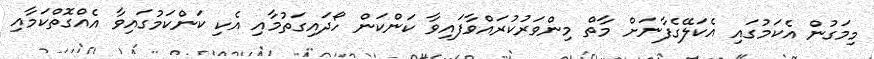
މިމަގުން އެކަމުގައި އެކަލޭގެފާނަށް މާތް މިންވަރުކުރައްވާފައިވާ ކަންކަން ހޯދައިގަތުމާއި އެކި ކަންކަމުގައިވާ އެއްގޮތްކަމާއި